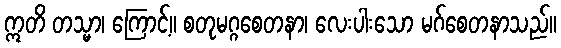
ဣတိ တသ္မာ၊ ကြောင့်။ စတုမဂ္ဂစေတနာ၊ လေးပါးသော မဂ်စေတနာသည်။